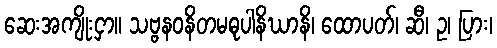
ဆေးအကျိုးငှာ။ သဗ္ဗနဝနိတမဓုပါနိဃာနိ၊ ထောပတ်၊ ဆီ၊ ဥ၊ ပြား၊